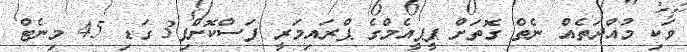
ވަކި މުއްދަތެއް ނެތް ގޮތަށް ޕީޕީއެމްގެ ޕްރައިމަރީ ފަސްކޮށްފި3 ގަޑި 45 މިނެޓް